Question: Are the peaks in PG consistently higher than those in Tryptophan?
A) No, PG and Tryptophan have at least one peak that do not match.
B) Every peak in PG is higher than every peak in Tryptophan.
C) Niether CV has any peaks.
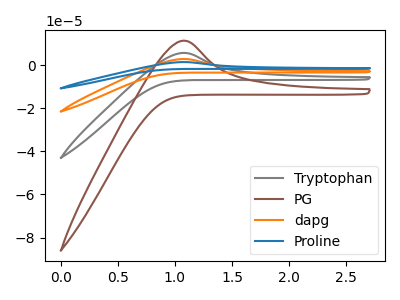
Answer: <think>The gray curve "Tryptophan" has an anodic peak at: (1.10V, 5.70uA). The brown curve "PG" has an anodic peak at: (1.10V, 11.35uA). The orange curve "dapg" has an anodic peak at: (1.10V, 11.35uA). The blue curve "Proline" has an anodic peak at: (1.10V, 17.05uA).</think>
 <answer>B) Every peak in "PG" is higher than every peak in "Tryptophan".</answer>
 <eval>B</eval>